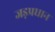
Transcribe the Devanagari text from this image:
जड़प्रधान